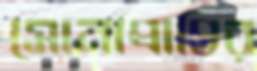
সোনাপ্রাপ্তির